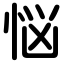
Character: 悩